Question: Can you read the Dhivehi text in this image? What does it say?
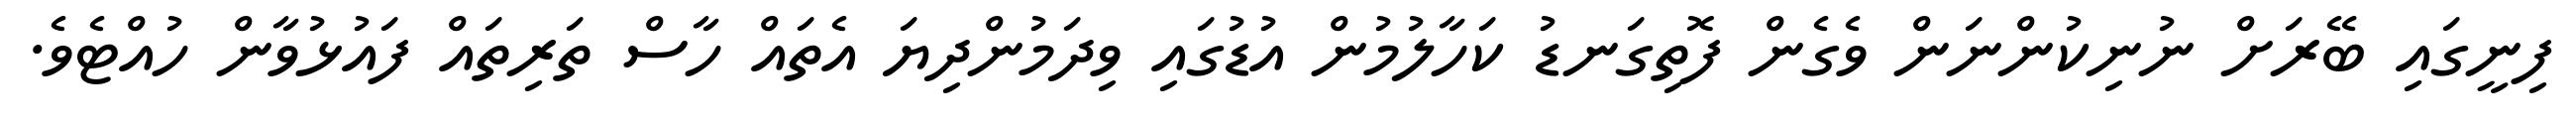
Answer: ފިނީގައި ބޭރަށް ނުނިކުންނަން ވެގެން ފޮތިގަނޑު ކަހާލުމުން އުޑުގައި ވިދަމުންދިޔަ އެތައް ހާސް ތަރިތައް ފައުޅުވާން ހުއްޓެވެ.